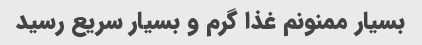
بسیار ممنونم غذا گرم و بسیار سریع رسید